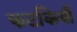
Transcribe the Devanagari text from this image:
फटकियाँ